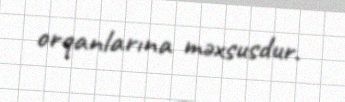
orqanlarına məxsusdur.